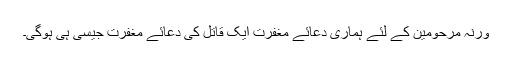
ورنہ مرحومین کے لئے ہماری دعائے مغفرت ایک قاتل کی دعائے مغفرت جیسی ہی ہوگی۔